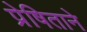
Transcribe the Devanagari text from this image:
प्रेषिताने